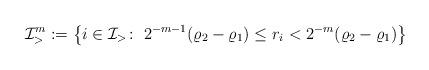
LaTeX: \begin{align*}\mathcal{I}_{>}^{m}:=\big\{i\in\mathcal{I}_{>}\colon\;2^{-m-1}(\varrho_{2}-\varrho_{1})\leq r_{i}<2^{-m}(\varrho_{2}-\varrho_{1}) \big\} \end{align*}